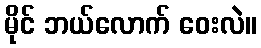
မိုင် ဘယ်လောက် ဝေးလဲ။